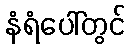
နံရံပေါ်တွင်